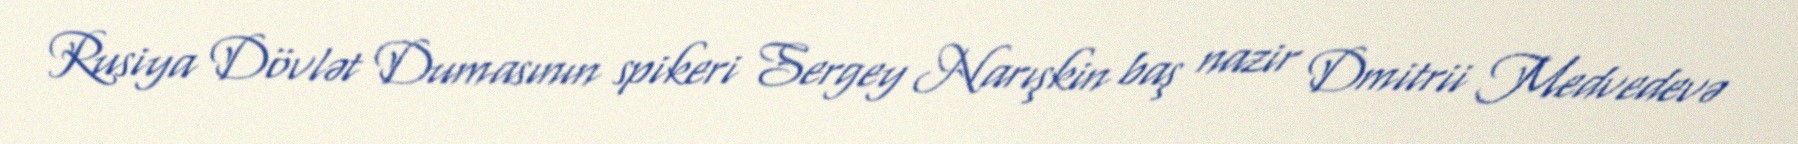
Rusiya Dövlət Dumasının spikeri Sergey Narışkin baş nazir Dmitrii Medvedevə